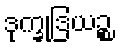
ဒုက္ခုဒြယဉ္စ